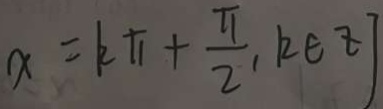
x = k \pi + \frac { \pi } { 2 } , k \in z ]